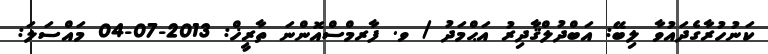
ކަނުހުރާގެދައުވާ ލިބޭ: އަބްދުލްޤާދިރު އަޙްމަދު / ވ. ފާރމްސްއޮންނަ ތާރީޚް: 2013-07-04 މައްސަލަ: